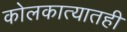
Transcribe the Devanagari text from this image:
कोलकात्यातही